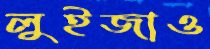
লুইজাও